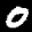
Label: 0